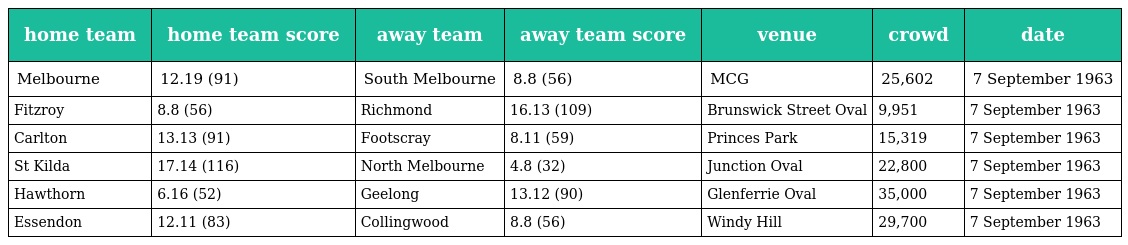
| home team | home team score | away team | away team score | venue | crowd | date |
 | --- | --- | --- | --- | --- | --- | --- |
 | Melbourne | 12.19 (91) | South Melbourne | 8.8 (56) | MCG | 25,602 | 7 September 1963 |
 | Fitzroy | 8.8 (56) | Richmond | 16.13 (109) | Brunswick Street Oval | 9,951 | 7 September 1963 |
 | Carlton | 13.13 (91) | Footscray | 8.11 (59) | Princes Park | 15,319 | 7 September 1963 |
 | St Kilda | 17.14 (116) | North Melbourne | 4.8 (32) | Junction Oval | 22,800 | 7 September 1963 |
 | Hawthorn | 6.16 (52) | Geelong | 13.12 (90) | Glenferrie Oval | 35,000 | 7 September 1963 |
 | Essendon | 12.11 (83) | Collingwood | 8.8 (56) | Windy Hill | 29,700 | 7 September 1963 |